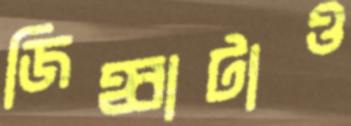
জিহ্বাটাও